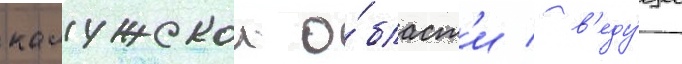
калужскои о́бласт'и / в'еду́щее